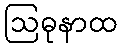
ဩဓုနာထ